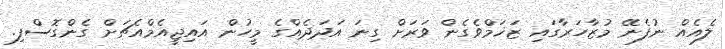
ލެއެއް ނުފެނޭ މުޒާހަރާގައި ޒަޚަމްވެގެން ވަރަށް ގިނަ އަދަދެއްގެ މީހުން އައިޖީއެމްއެޗަށް ގެންގޮސްފި.